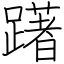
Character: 躇